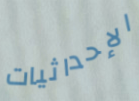
الإحداثيات